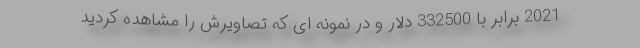
2021 برابر با 332500 دلار و در نمونه ای که تصاویرش را مشاهده کردید